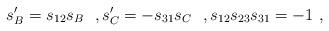
LaTeX: \begin{align*} s_B' = s_{12}s_B ~~ , s_C' = -s_{31}s_C~~ , s_{12}s_{23}s_{31}= -1 \ , \end{align*}